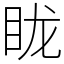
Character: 眬